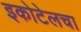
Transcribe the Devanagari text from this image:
इकोटेलचा